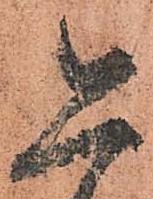
恐